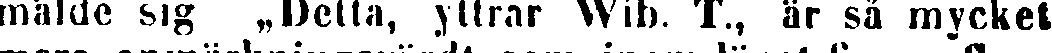
mälde sig „Delta, yttrar Wib. T., är så mycket